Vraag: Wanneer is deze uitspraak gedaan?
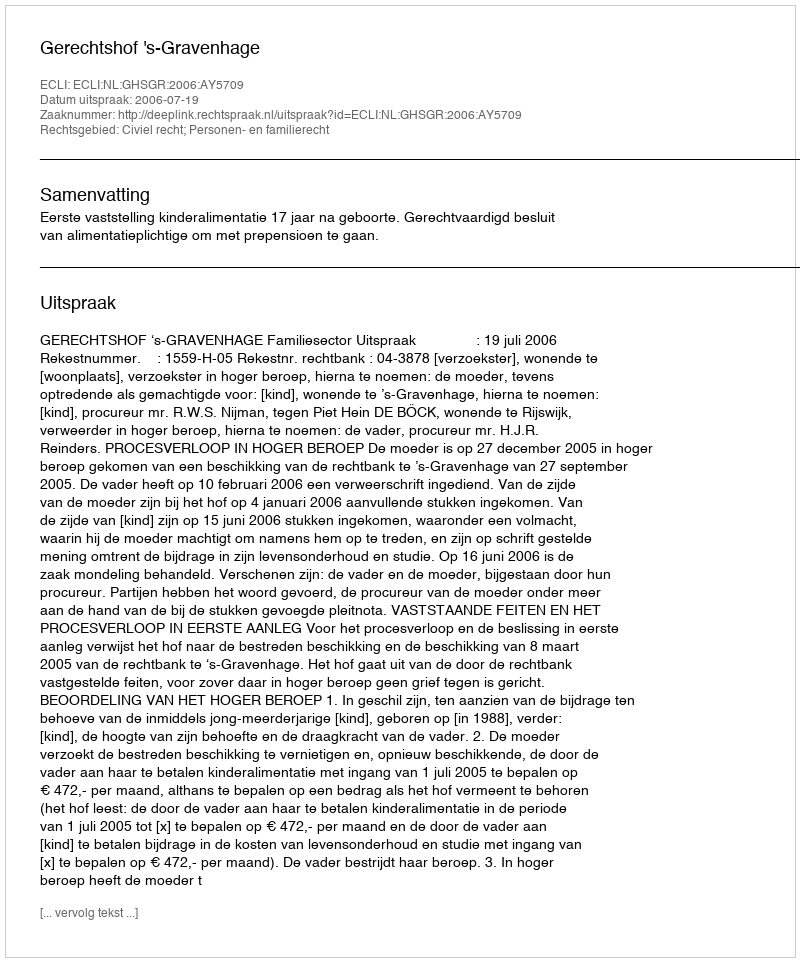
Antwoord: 2006-07-19